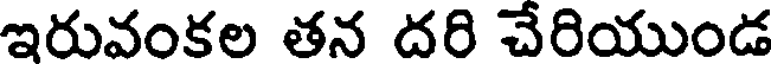
ఇరువంకల తన దరి చేరియుండ